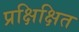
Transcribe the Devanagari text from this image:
प्रक्षिक्षित